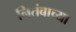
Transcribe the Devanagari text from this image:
नितंबाच्या